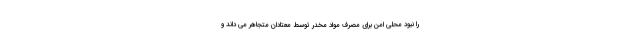
را نبود محلی امن برای مصرف مواد مخدر توسط معتادان متجاهر می داند و